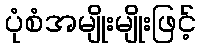
ပုံစံအမျိုးမျိုးဖြင့်